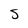
Character: s